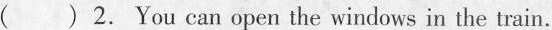
( ) 2.You can open the windows in the train.